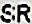
SR